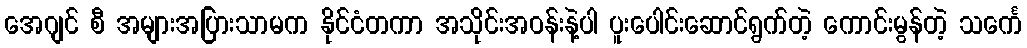
အေဂျင် စီ အများအပြားသာမက နိုင်ငံတကာ အသိုင်းအဝန်းနဲ့ပါ ပူးပေါင်းဆောင်ရွက်တဲ့ ကောင်းမွန်တဲ့ သင်္ကေ